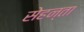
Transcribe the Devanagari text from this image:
सेहन्‍ता